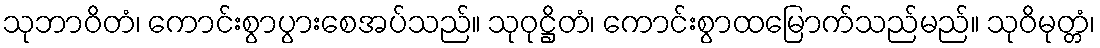
သုဘာဝိတံ၊ ကောင်းစွာပွားစေအပ်သည်။ သုဝုဋ္ဌိတံ၊ ကောင်းစွာထမြောက်သည်မည်။ သုဝိမုတ္တံ၊